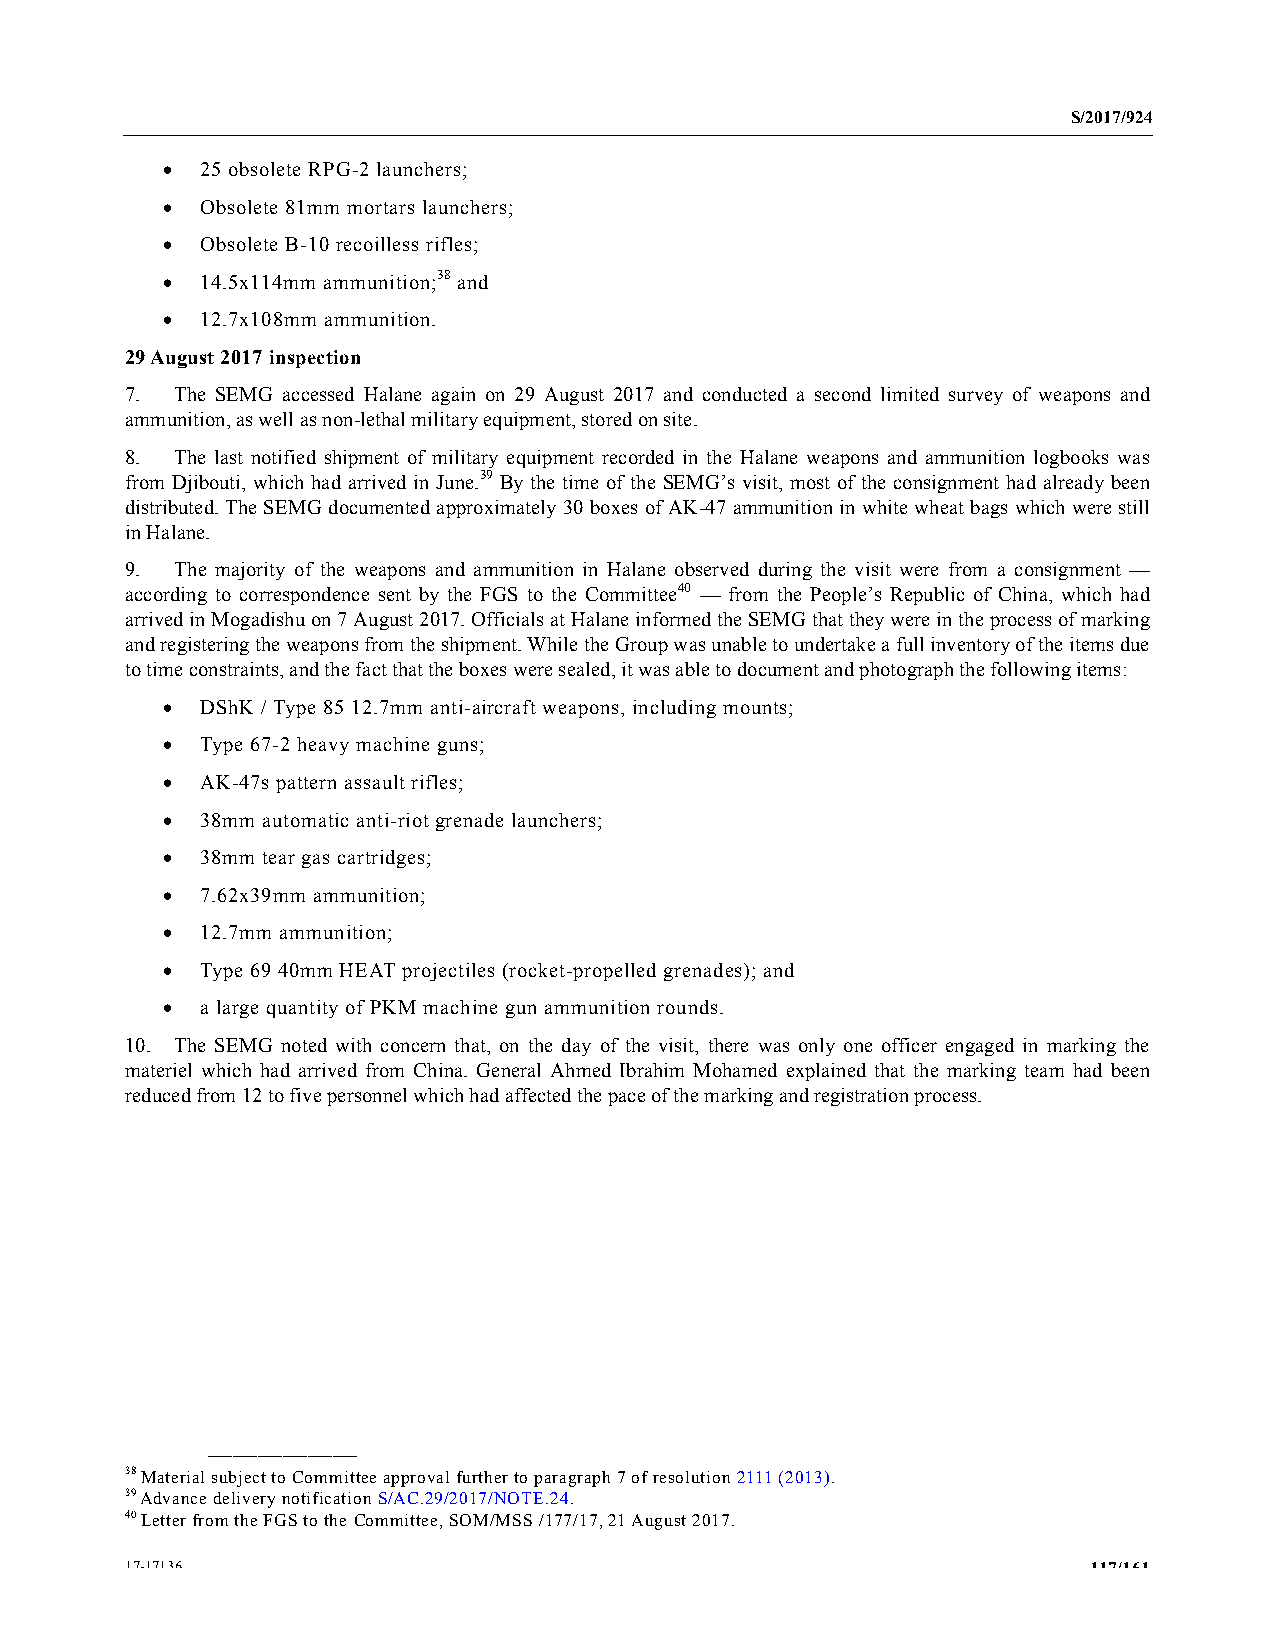
S/2017/924
 • 25 obsolete RPG-2 launchers;
 • Obsolete 81mm mortars launchers;
 • Obsolete B-10 recoilless rifles;
 • 14.5x114mm ammunition;38 and
 • 12.7x108mm ammunition.
 29 August 2017 inspection
 7.  The SEMG accessed Halane again on 29 August 2017 and conducted a second limited survey of weapons and
 ammunition, as well as non-lethal military equipment, stored on site.
 8.  The last notified shipment of military equipment recorded in the Halane weapons and ammunition logbooks was
 from Djibouti, which had arrived in June.39 By the time of the SEMG’s visit, most of the consignment had already been
 distributed. The SEMG documented approximately 30 boxes of AK-47 ammunition in white wheat bags which were still
 in Halane.
 9.  The majority of the weapons and ammunition in Halane observed during the visit were from a consignment —
 according to correspondence sent by the FGS to the Committee40 — from the People’s Republic of China, which had
 arrived in Mogadishu on 7 August 2017. Officials at Halane informed the SEMG that they were in the process of marking
 and registering the weapons from the shipment. While the Group was unable to undertake a full inventory of the items due
 to time constraints, and the fact that the boxes were sealed, it was able to document and photograph the following items:
 • DShK / Type 85 12.7mm anti-aircraft weapons, including mounts;
 • Type 67-2 heavy machine guns;
 • AK-47s pattern assault rifles;
 • 38mm automatic anti-riot grenade launchers;
 • 38mm tear gas cartridges;
 • 7.62x39mm ammunition;
 • 12.7mm ammunition;
 • Type 69 40mm HEAT projectiles (rocket-propelled grenades); and
 • a large quantity of PKM machine gun ammunition rounds.
 10. The SEMG noted with concern that, on the day of the visit, there was only one officer engaged in marking the
 materiel which had arrived from China. General Ahmed Ibrahim Mohamed explained that the marking team had been
 reduced from 12 to five personnel which had affected the pace of the marking and registration process.
 __________________
 38 Material subject to Committee approval further to paragraph 7 of resolution 2111 (2013).
 39 Advance delivery notification S/AC.29/2017/NOTE.24.
 40 Letter from the FGS to the Committee, SOM/MSS /177/17, 21 August 2017.
 17-17136                                                        117/161